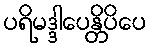
ပရိမဒ္ဒါပေန္တိပိပေ